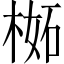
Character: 𣔧